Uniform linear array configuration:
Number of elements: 64
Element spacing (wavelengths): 0.75
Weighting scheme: binomial
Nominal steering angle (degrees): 30
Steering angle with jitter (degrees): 29.072
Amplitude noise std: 0.05
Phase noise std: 0.05

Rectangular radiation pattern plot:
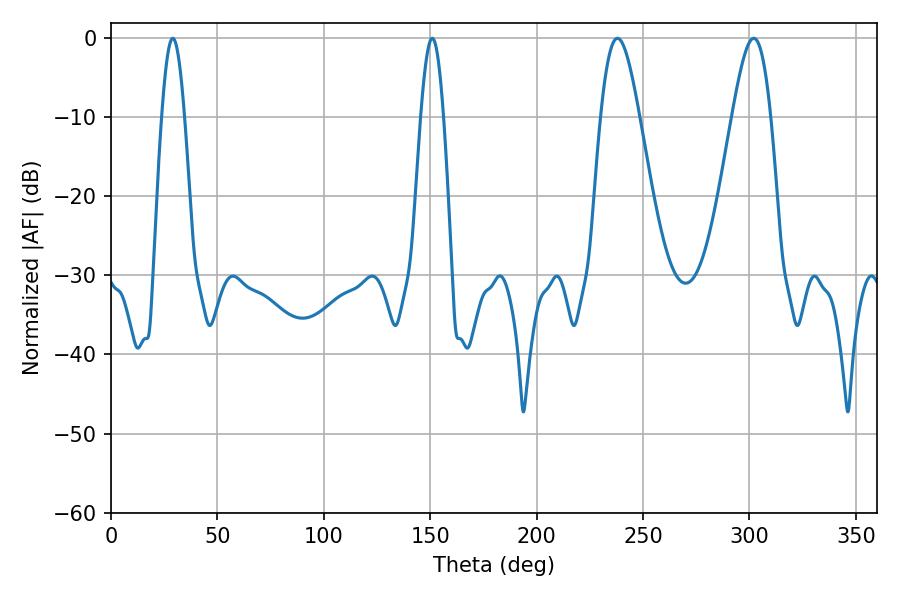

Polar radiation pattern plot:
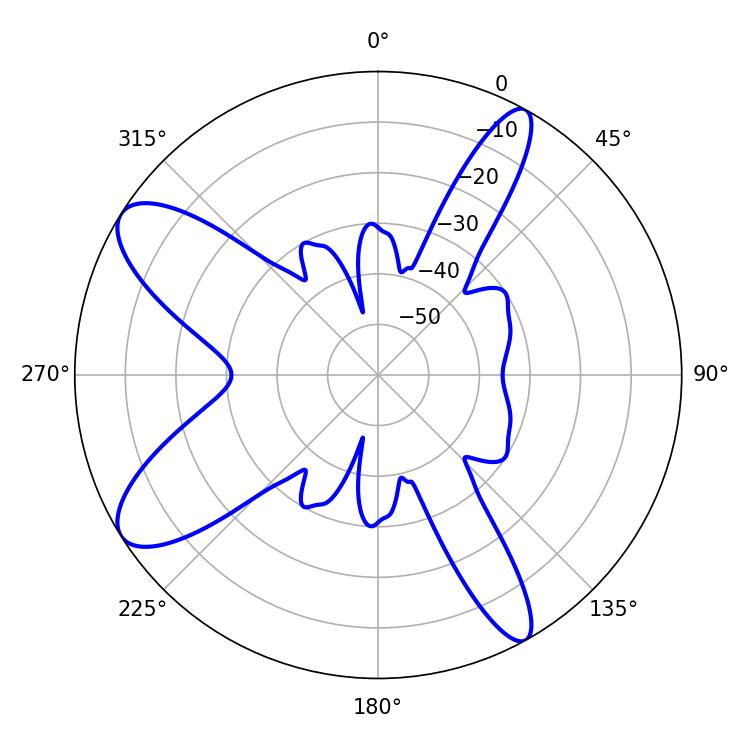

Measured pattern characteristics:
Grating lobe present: TRUE
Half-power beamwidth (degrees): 9.72
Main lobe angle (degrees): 237.96